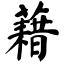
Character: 藉